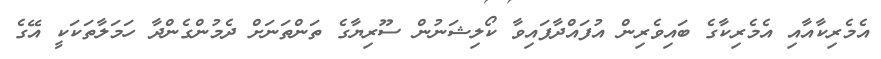
އެމެރިކާއާއި އެމެރިކާގެ ބައިވެރިން އުފައްދާފައިވާ ކޯލިޝަނުން ސޫރިޔާގެ ތަންތަނަށް ދެމުންގެންދާ ހަމަލާތަކަކީ އޭގެ